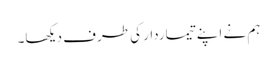
ہم نے اپنے تیماردار کی طرف دیکھا۔